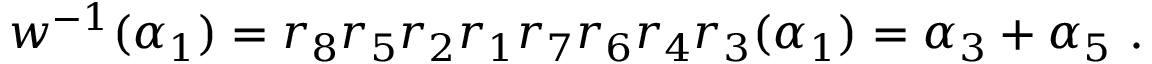
w ^ { - 1 } ( \alpha _ { 1 } ) = r _ { 8 } r _ { 5 } r _ { 2 } r _ { 1 } r _ { 7 } r _ { 6 } r _ { 4 } r _ { 3 } ( \alpha _ { 1 } ) = \alpha _ { 3 } + \alpha _ { 5 } ~ .